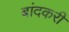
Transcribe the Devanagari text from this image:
बांदकरी